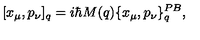
[ x _ { \mu } , p _ { \nu } ] _ { q } = i \hbar M ( q ) \{ x _ { \mu } , p _ { \nu } \} _ { q } ^ { P B } ,